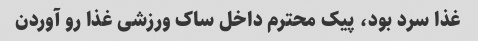
غذا سرد بود، پیک محترم داخل ساک ورزشی غذا رو آوردن